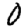
Digit: 0